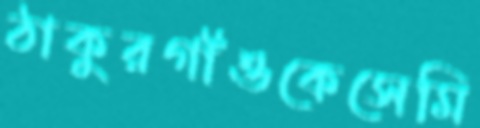
ঠাকুরগাঁওকেসেমি